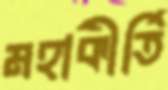
মহাকীর্তি